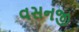
વસનજી